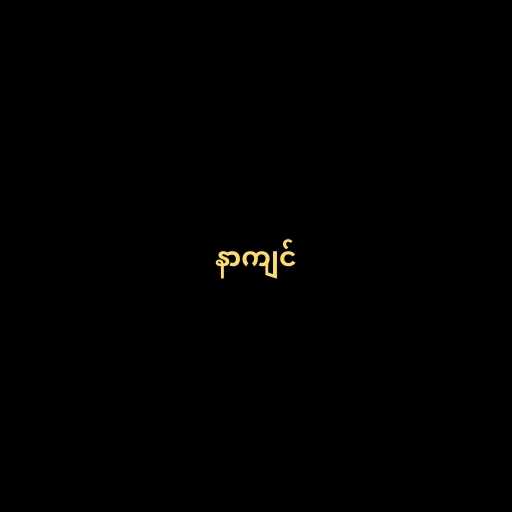
နာကျင်